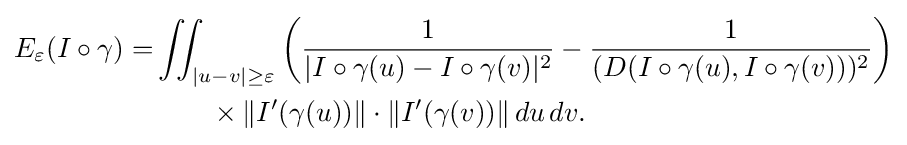
{\begin{aligned}E_{\varepsilon }(I\circ \gamma )=&\iint _{|u-v|\geq \varepsilon }\left({\frac {1}{|I\circ \gamma (u)-I\circ \gamma (v)|^{2}}}-{\frac {1}{(D(I\circ \gamma (u),I\circ \gamma (v)))^{2}}}\right)\\&\qquad \times \|I'(\gamma (u))\|\cdot \|I'(\gamma (v))\|\,du\,dv.\end{aligned}}